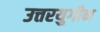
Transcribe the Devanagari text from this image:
उत्तरयुगीन